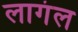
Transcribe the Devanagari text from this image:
लागंल